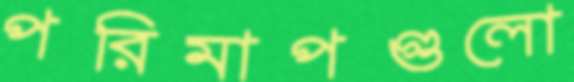
পরিমাপগুলো